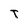
Character: T